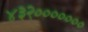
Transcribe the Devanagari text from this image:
४३२०००००००